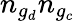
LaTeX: n_{g_{d}}n_{g_{c}}